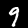
Label: 9